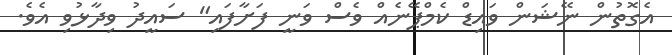
އެގޮތުން ނޭޝަން ވައިޑް ކެމްޕޭނެއް ވެސް ވަނީ ފަށާފައި" ސައީދު ވިދާޅުވި އެވެ.